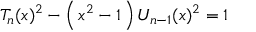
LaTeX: T _ { n } ( x ) ^ { 2 } - \left( \, x ^ { 2 } - 1 \, \right) U _ { n - 1 } ( x ) ^ { 2 } = 1